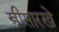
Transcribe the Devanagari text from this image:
स्त्रीसारखे